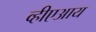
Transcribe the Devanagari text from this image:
व्हीएआय